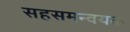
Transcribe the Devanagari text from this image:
सहसमन्वयक